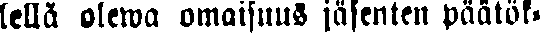
lellä olewa omaisuus jäsenten päätök-